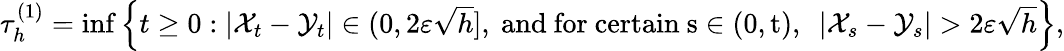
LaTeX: \begin{array}{r}{\tau_{h}^{(1)}=\operatorname*{inf}\Big\{ t\ge 0:|{\mathcal X}_{t}-{\mathcal Y}_{t}|\in(0,2\varepsilon\sqrt{h}],\ {\mathrm{and~for~certain~s\in(0,t),~}}\ |{\mathcal X}_{s}-{\mathcal Y}_{s}|>2\varepsilon\sqrt{h}\Big\} ,}\end{array}